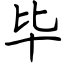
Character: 毕